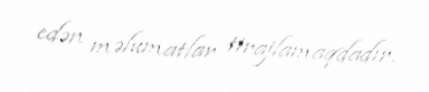
edən məlumatlar tirajlamaqdadır.